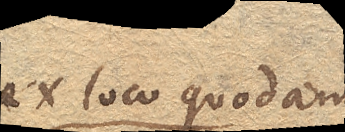
ex loco quodam